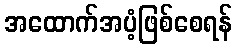
အထောက်အပံ့ဖြစ်စေရန်